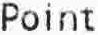
POINT